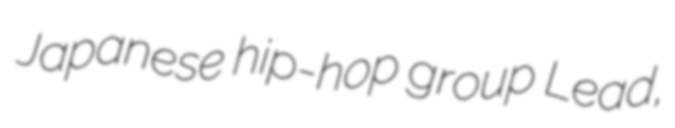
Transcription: Japanese hip-hop group Lead,